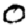
Digit: 0